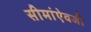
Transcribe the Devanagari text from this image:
सीमांऐवजी